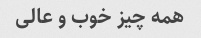
همه چیز خوب و عالی